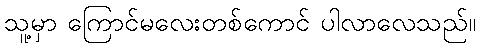
သူ့မှာ ကြောင်မလေးတစ်ကောင် ပါလာလေသည်။